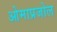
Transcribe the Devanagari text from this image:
ओमाप्रजोल